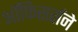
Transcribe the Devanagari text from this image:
ऑफिसर्सने